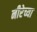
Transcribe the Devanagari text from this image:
नीरेच्या